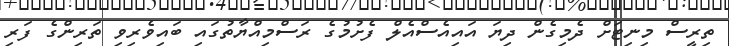
ތިރީސް މިނިޓަށް ދެމިގެން ދިޔަ އައިއެސްއެލް ފެށުމުގެ ރަސްމިއްޔާތުގައި ބައިވެރިވި ތަރިންގެ ފަރި